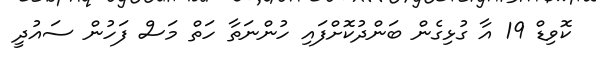
ކޮވިޑް 19 އާ ގުޅިގެން ބަންދުކޮށްފައި ހުންނަތާ ހަތް މަސް ފަހުން ސައުދީ